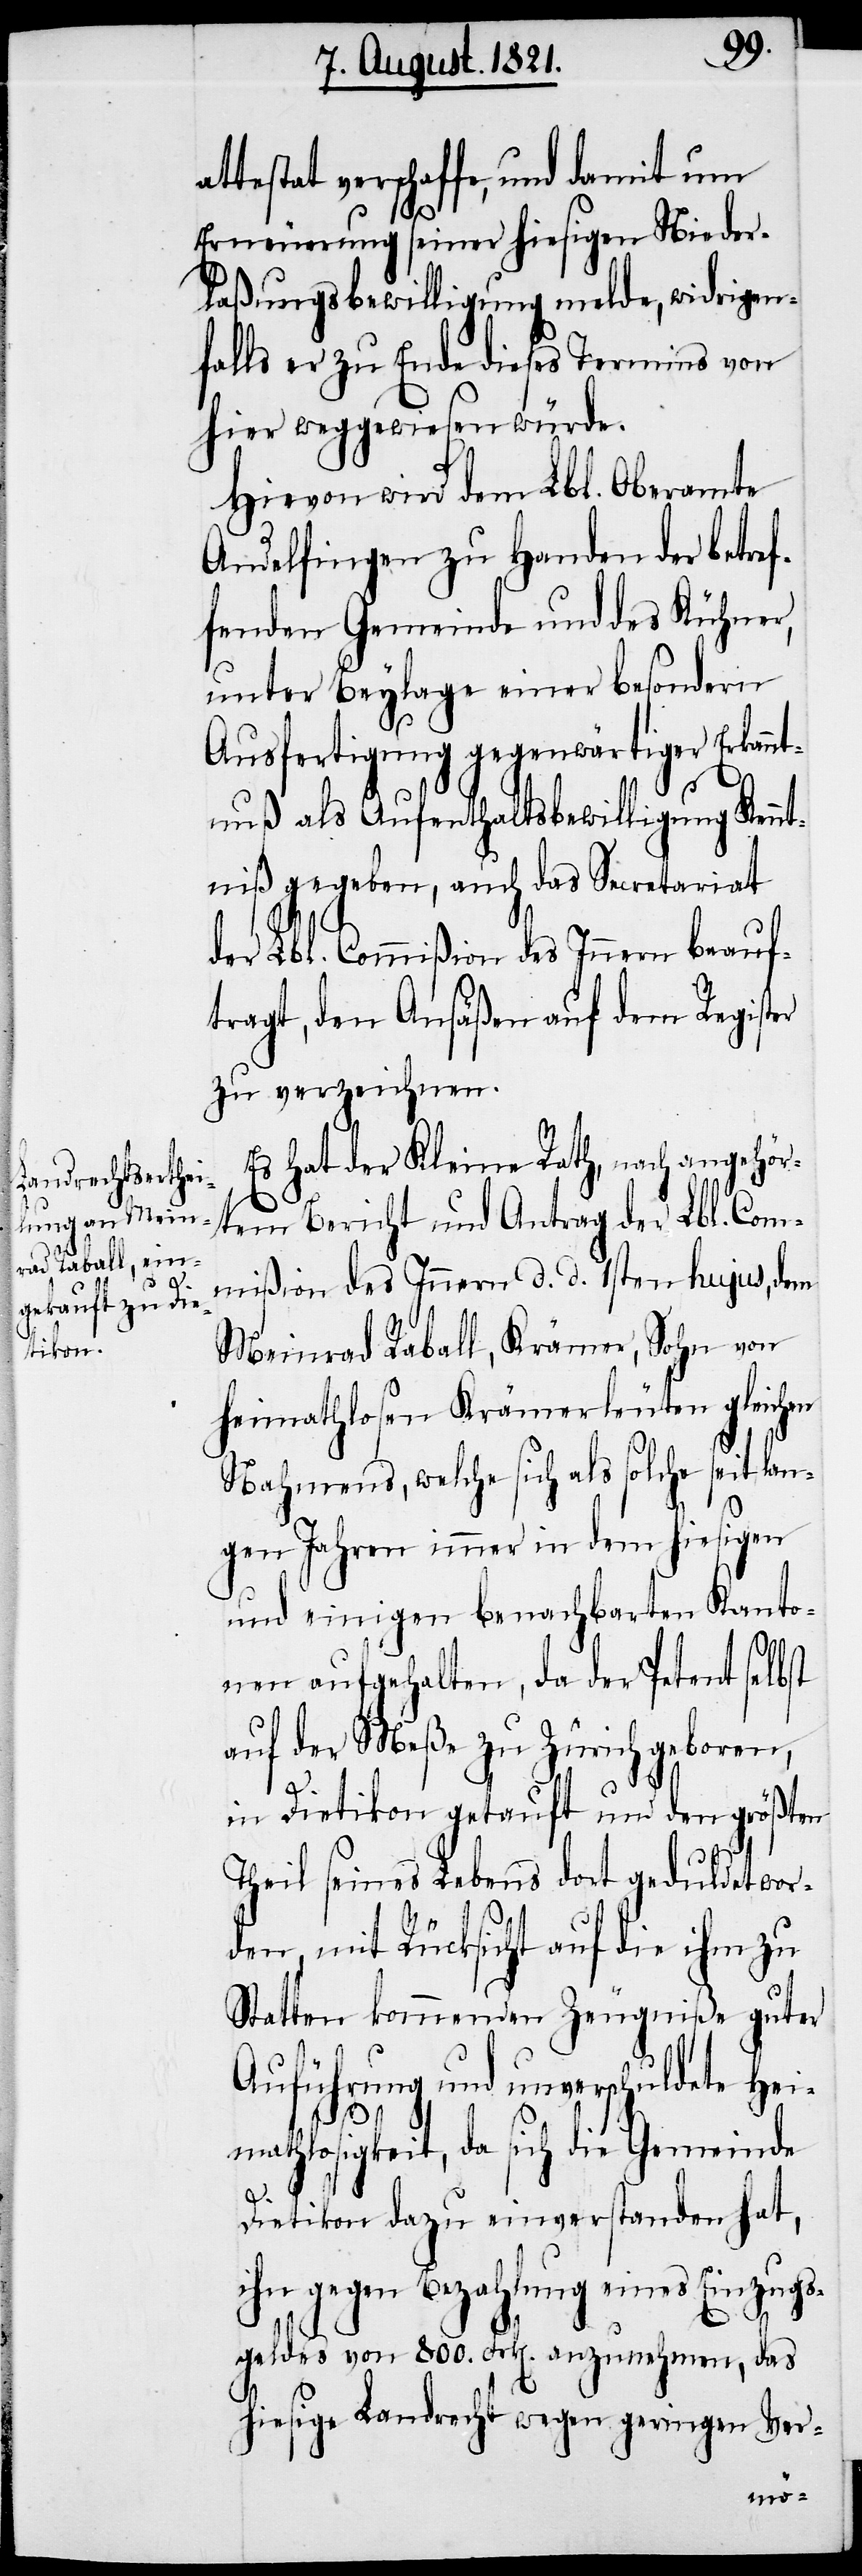
attestat verschaffe, und damit um
Erneuerung seiner hiesigen Nieder¬
laßungsbewilligung melde, widrigen¬
falls er zu Ende dieses Termins von
hier weggewiesen würde.
Hievon wird dem Lbl. Oberamte
Andelfingen zu Handen der betref¬
fenden Gemeinde und des Kühner,
unter Beylage einer besondern
Ausfertigung gegenwärtiger Erkannt¬
nuß als Aufenthaltsbewilligung Kennt¬
niß gegeben, auch das Secretariat
der Lbl. Commißion des Innern beauf¬
tragt, den Ansäßen auf dem Register
zu verzeichnen.
Es hat der Kleine Rath, nach angehör¬
tem Bericht und Antrag der Lbl. Com¬
mißion des Innern d. d. 1sten hujus, dem
Meinrad Raball, Krämer, Sohn von
heimathlosen Krämerleuten gleichen
Nahmens, welche sich als solche seit lan¬
gen Jahren immer in dem hiesigen
und einigen benachbarten Kanto¬
nen aufgehalten, da der Petent selbst
auf der Meße zu Zürich geboren,
in Dietikon getauft und den größten
Theil seines Lebens dort geduldet wor¬
den, mit Rücksicht auf die ihm zu
Statten kommenden Zeugniße guter
und unverschuldete He¬
imathlosigkeit, da sich die Gemeinde
Dietikon dazu einverstanden hat,
ihn gegen Bezahlung eines Einzugs¬
geldes von 800. Frk[en]. anzunehmen, das
hiesige Landrecht wegen geringen Ver-